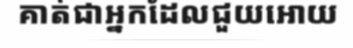
គាត់ជាអ្នកដែលជួយអោយ